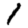
Digit: 1